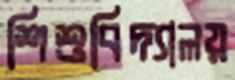
শিশুবিদ্যালয়